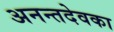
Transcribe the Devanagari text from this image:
अनन्तदेवका